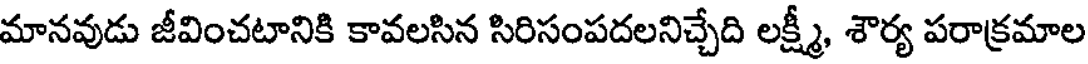
మానవుడు జీవించటానికి కావలసిన సిరిసంపదలనిచ్చేది లక్ష్మీ, శౌర్య పరాక్రమాల